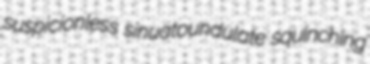
suspicionless sinuatoundulate squinching